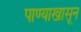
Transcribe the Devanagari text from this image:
पाण्याखासून